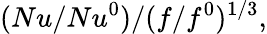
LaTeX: (Nu/Nu^{0})/(f/f^{0})^{1/3},